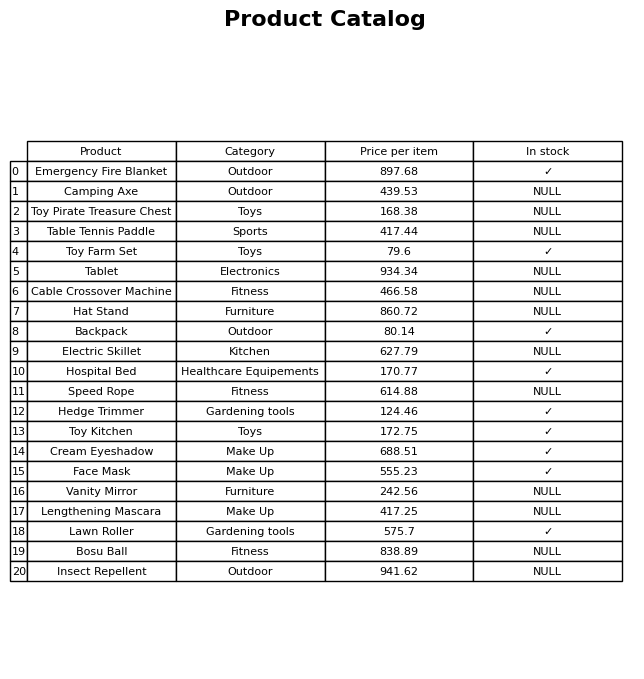
question: What is the price for Electric Skillet?
answer: The price of Electric Skillet is 627.79.